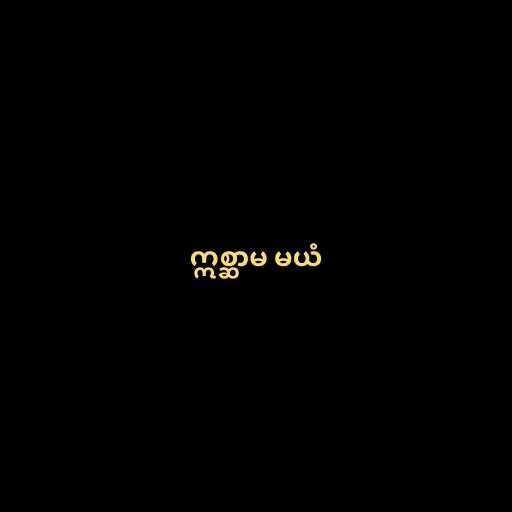
ဣစ္ဆာမ မယံ